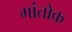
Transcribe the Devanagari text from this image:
गांतोक